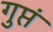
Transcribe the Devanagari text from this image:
गुप्तं